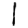
Digit: 1